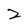
Character: 2